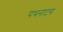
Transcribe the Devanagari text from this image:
पथनाटय